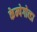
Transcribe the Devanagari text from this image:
केम्पेगोव्डा